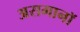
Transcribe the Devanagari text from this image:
असमानॉ